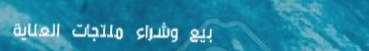
بيع وشراء منتجات العناية